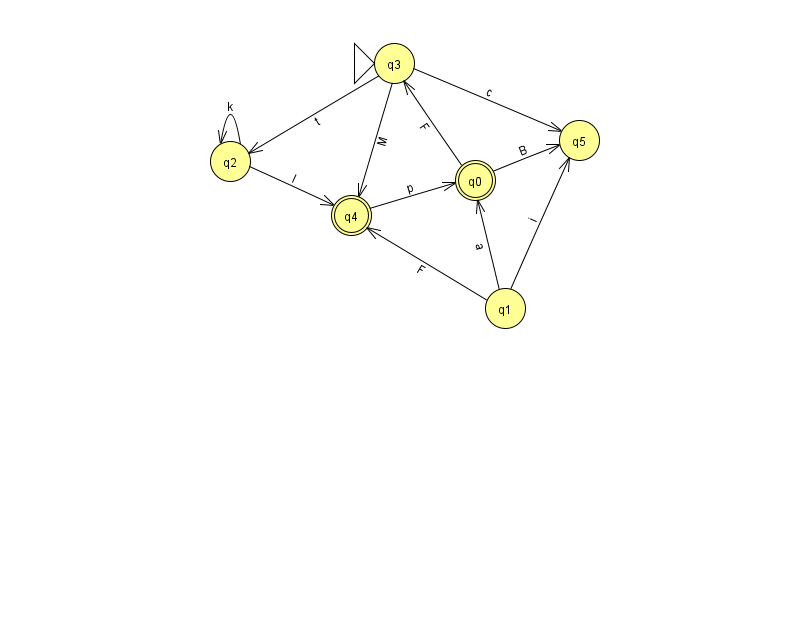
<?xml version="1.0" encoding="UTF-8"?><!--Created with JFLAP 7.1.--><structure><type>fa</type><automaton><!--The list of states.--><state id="0" name="q0"><x>475.0</x><y>167.0</y><final/></state><state id="1" name="q1"><x>505.0</x><y>295.0</y></state><state id="2" name="q2"><x>230.0</x><y>148.0</y></state><state id="3" name="q3"><x>394.0</x><y>50.0</y><initial/></state><state id="4" name="q4"><x>351.0</x><y>202.0</y><final/></state><state id="5" name="q5"><x>579.0</x><y>127.0</y></state><!--The list of transitions.--><transition><from>0</from><to>3</to><read>F</read></transition><transition><from>2</from><to>4</to><read>I</read></transition><transition><from>3</from><to>2</to><read>t</read></transition><transition><from>1</from><to>0</to><read>a</read></transition><transition><from>1</from><to>5</to><read>i</read></transition><transition><from>3</from><to>4</to><read>M</read></transition><transition><from>0</from><to>5</to><read>B</read></transition><transition><from>2</from><to>2</to><read>k</read></transition><transition><from>3</from><to>5</to><read>c</read></transition><transition><from>4</from><to>0</to><read>p</read></transition><transition><from>1</from><to>4</to><read>F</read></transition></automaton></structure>